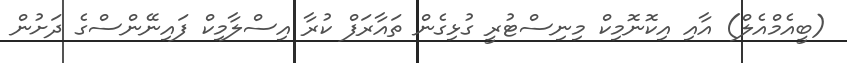
(ބީއެމްއެލް) އާއި އިކޮނޮމިކް މިނިސްޓުރީ ގުޅިގެން ތައާރަފް ކުރާ އިސްލާމިކް ފައިނޭންސްގެ ދަށުން